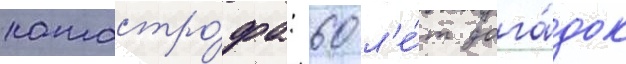
катастро́фа: 60 л'е́т дога́док